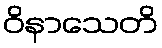
ဝိနာသေတိ